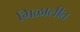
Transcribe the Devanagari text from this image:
मिळालीत